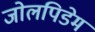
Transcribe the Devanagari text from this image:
जोलपिडेम